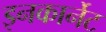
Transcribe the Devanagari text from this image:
इनकार्नेट